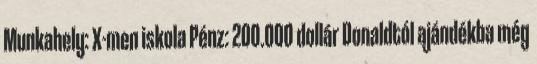
Munkahely: X-men iskola Pénz: 200.000 dollár Donaldtól ajándékba még